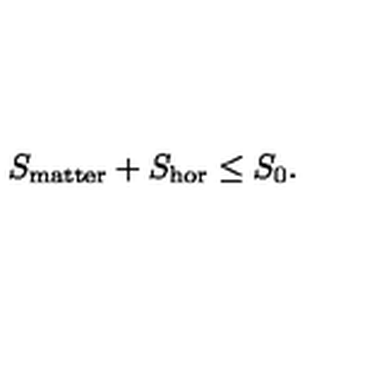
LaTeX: S _ { \mathrm { m a t t e r } } + S _ { \mathrm { h o r } } \leq S _ { 0 } .